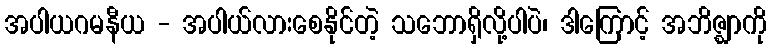
အပါယဂမနီယ - အပါယ်လားစေနိုင်တဲ့ သဘောရှိလို့ပါပဲ၊ ဒါကြောင့် အဘိဇ္ဈာကို